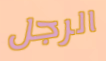
الرجل